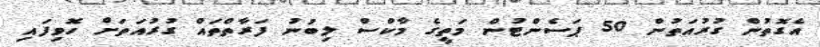
އެގޮތުން ގުރުއަތުން 50 ޕަސެންޓުން މަތީގެ މާކްސް ލިބުނު ފަރާތްތައް ގުރުއަތަށް ހޮވިފައި